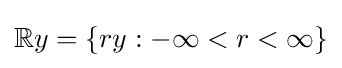
\mathbb {R} y=\{ry:-\infty <r<\infty \}